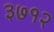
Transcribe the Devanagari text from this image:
३७१२